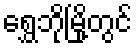
ရွှေဘိုမြို့တွင်